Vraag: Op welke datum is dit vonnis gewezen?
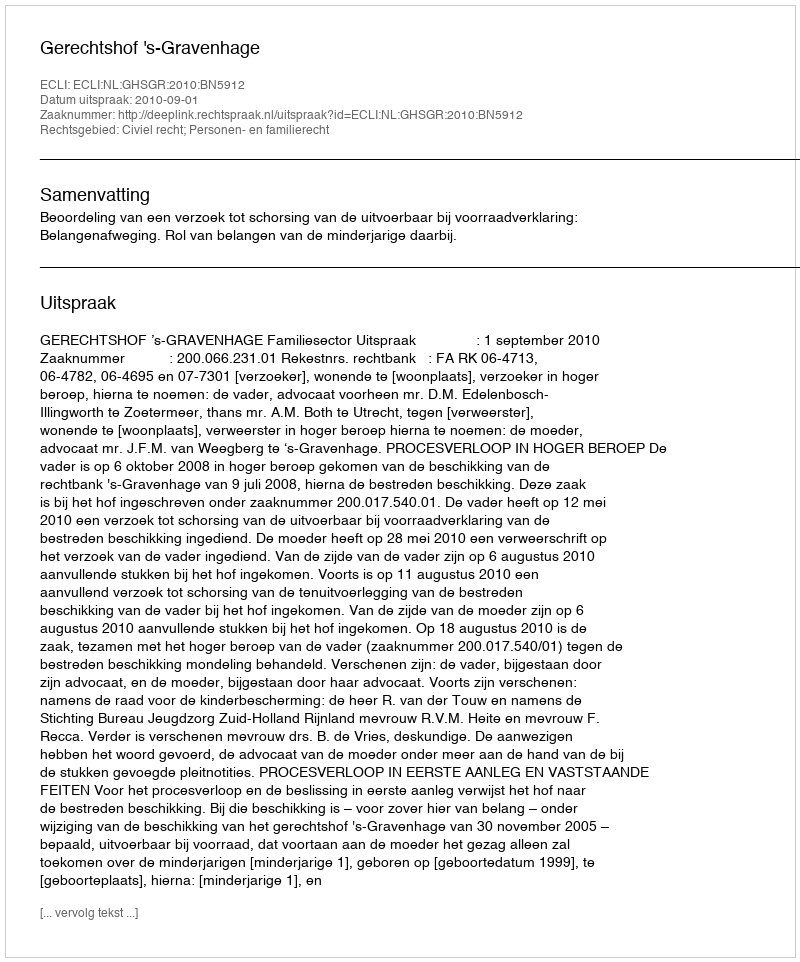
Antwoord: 2010-09-01